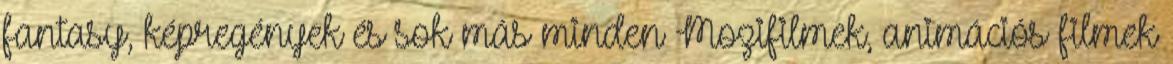
fantasy, képregények és sok más minden Mozifilmek, animációs filmek